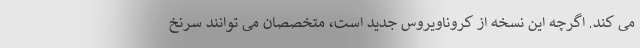
می کند. اگرچه این نسخه از کروناویروس جدید است، متخصصان می توانند سرنخ